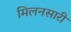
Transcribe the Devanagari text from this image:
मिलनसारी